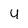
Character: 4